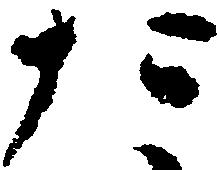
た